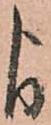
よ